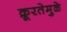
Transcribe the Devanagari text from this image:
क्रूरतेमुळे